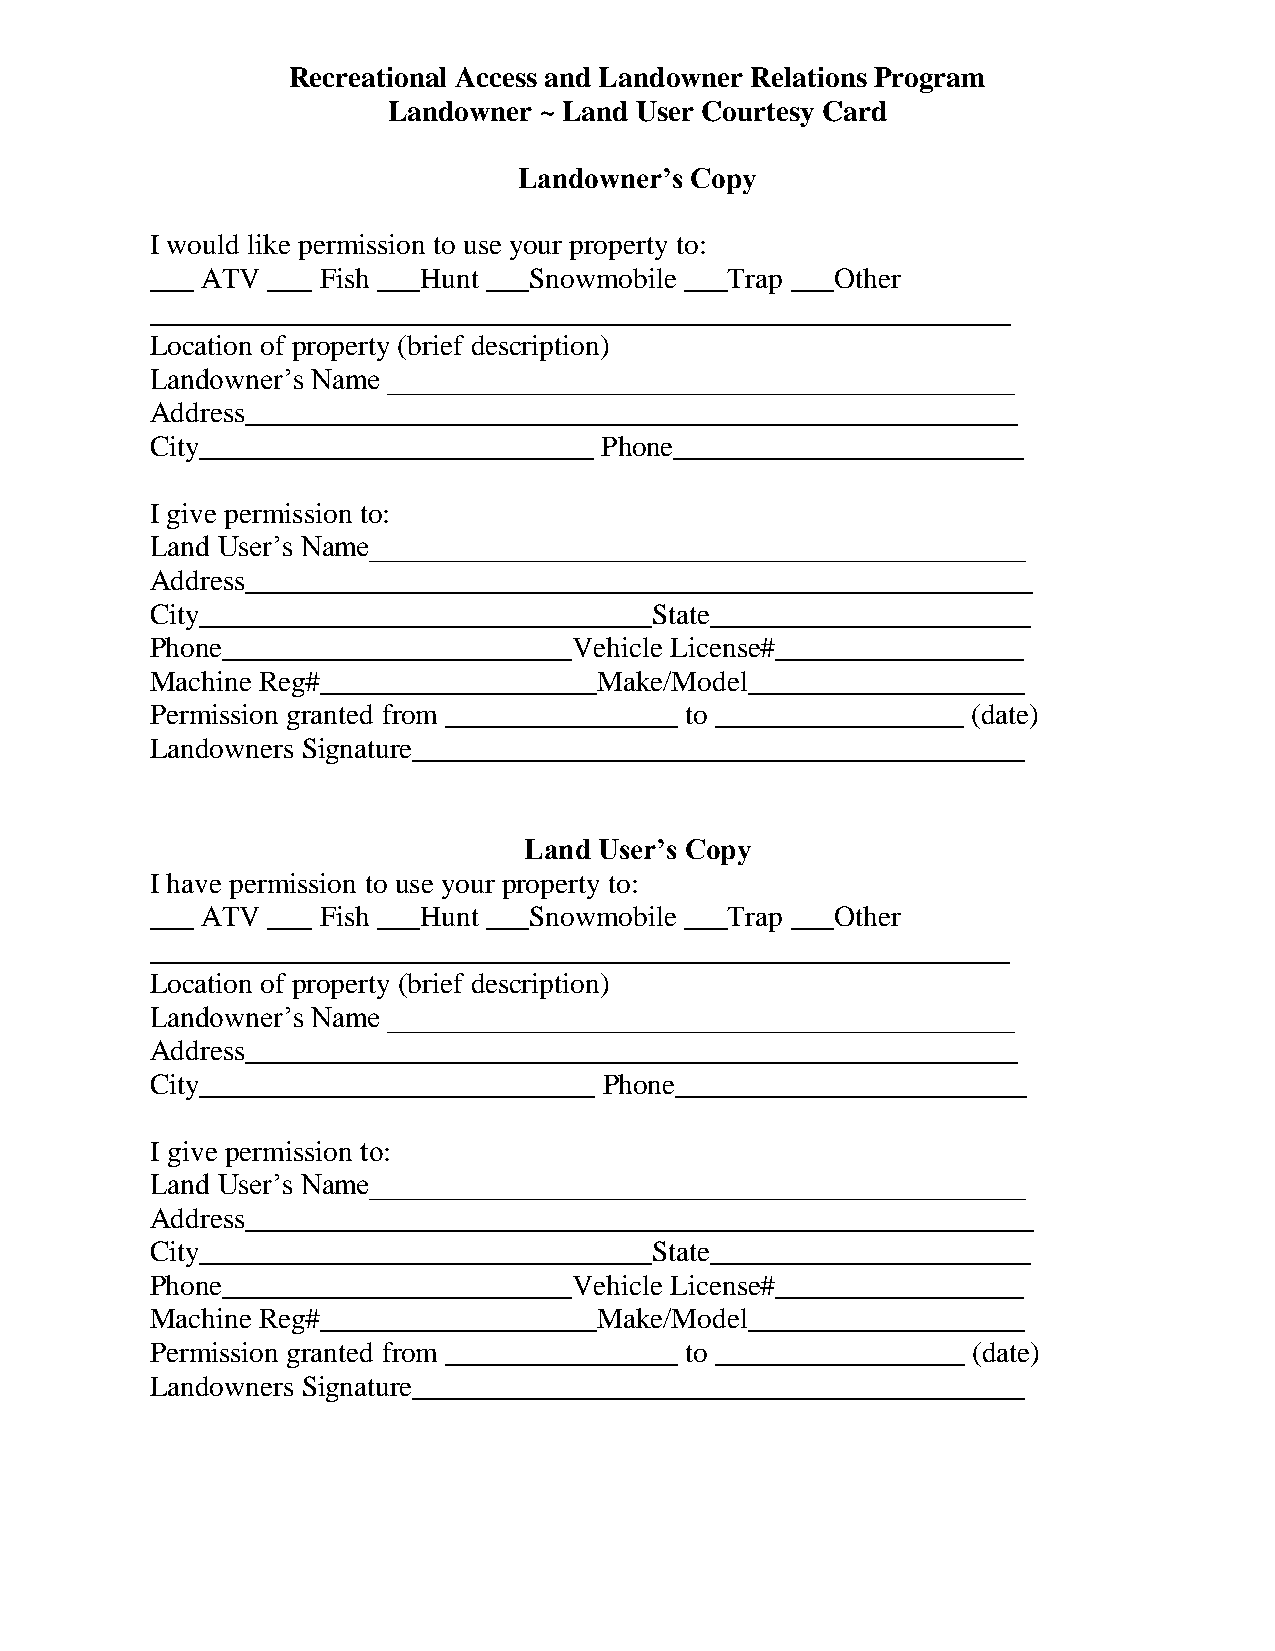
Recreational Access and Landowner Relations Program
 Landowner ~ Land User Courtesy Card
 Landowner’s Copy
 I would like permission to use your property to:
 ___ ATV ___ Fish ___Hunt ___Snowmobile ___Trap ___Other
 ___________________________________________________________
 Location of property (brief description)
 Landowner’s Name ___________________________________________
 Address_____________________________________________________
 City___________________________ Phone________________________
 I give permission to:
 Land User’s Name_____________________________________________
 Address______________________________________________________
 City_______________________________State______________________
 Phone________________________Vehicle License#_________________
 Machine Reg#___________________Make/Model___________________
 Permission granted from ________________ to _________________ (date)
 Landowners Signature__________________________________________
 Land User’s Copy
 I have permission to use your property to:
 ___ ATV ___ Fish ___Hunt ___Snowmobile ___Trap ___Other
 ___________________________________________________________
 Location of property (brief description)
 Landowner’s Name ___________________________________________
 Address_____________________________________________________
 City___________________________ Phone________________________
 I give permission to:
 Land User’s Name_____________________________________________
 Address______________________________________________________
 City_______________________________State______________________
 Phone________________________Vehicle License#_________________
 Machine Reg#___________________Make/Model___________________
 Permission granted from ________________ to _________________ (date)
 Landowners Signature__________________________________________